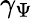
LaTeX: \gamma_{\Psi}